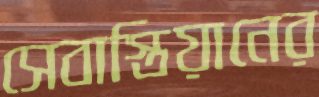
সেবাস্তিয়ানের